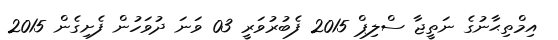
އިމްތިޙާނުގެ ނަތީޖާ ސްލިޕް 2015 ފެބުރުވަރީ 03 ވަނަ ދުވަހުން ފެށިގެން 2015